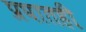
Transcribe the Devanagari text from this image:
प्रघातही